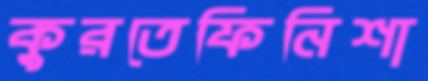
কুরতেফিনিশা